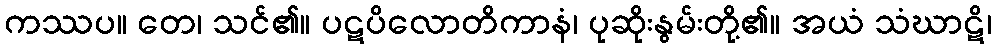
ကဿပ။ တေ၊ သင်၏။ ပဋပိလောတိကာနံ၊ ပုဆိုးနွမ်းတို့၏။ အယံ သံဃာဋိ၊